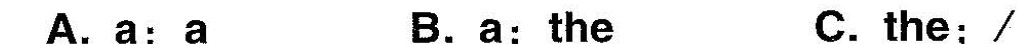
A.a;a B.a;the C.the;/